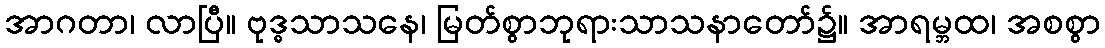
အာဂတာ၊ လာပြီ။ ဗုဒ္ဓသာသနေ၊ မြတ်စွာဘုရားသာသနာတော်၌။ အာရမ္ဘထ၊ အစစွာ